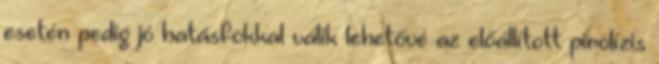
esetén pedig jó hatásfokkal válik lehetővé az előállított pirolízis